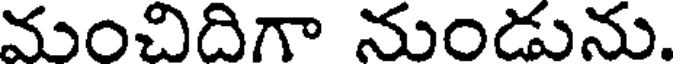
మంచిదిగా నుండును.